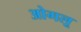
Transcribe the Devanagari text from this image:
ओगलू